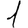
Digit: 1